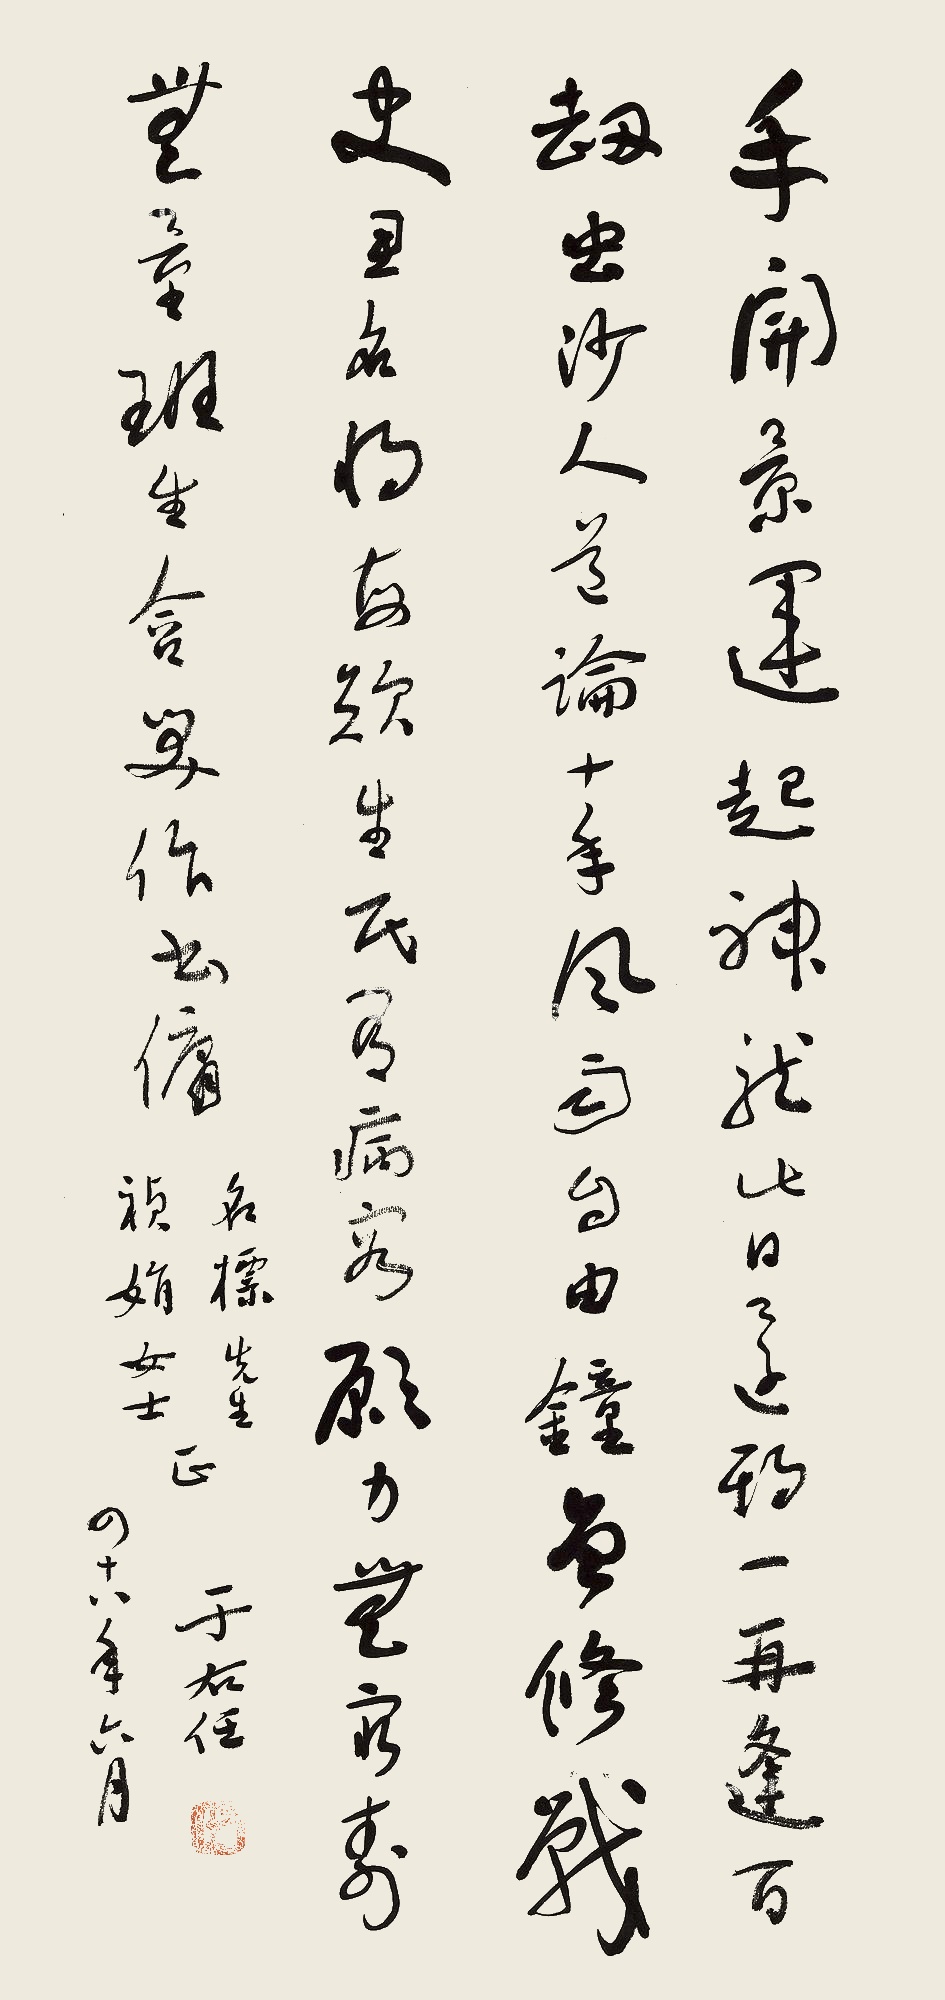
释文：手开景运起神龙，此日还期一再逢。百劫虫沙人道论，十年风雨自由钟。曾修战史思名将，每叹生民有病容。愿力无穷寿无量，班生含笑作书佣。名标先生、祯娟女士正，于右任。四十八年六月。